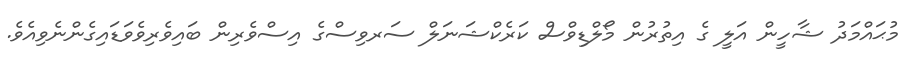
މުޙައްމަދު ޝާހީން އަލީ ގެ އިތުރުން މޯލްޑިވްސް ކަރެކްޝަނަލް ސަރވިސްގެ އިސްވެރިން ބައިވެރިވެވަޑައިގެންނެވިއެވެ.